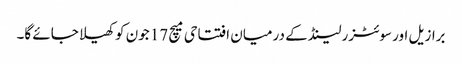
برازیل اور سوئٹزرلینڈ کے درمیان افتتاحی میچ 17 جون کو کھیلا جائے گا۔